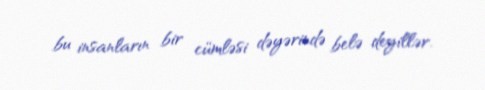
bu insanların bir cümləsi dəyərində belə deyillər.